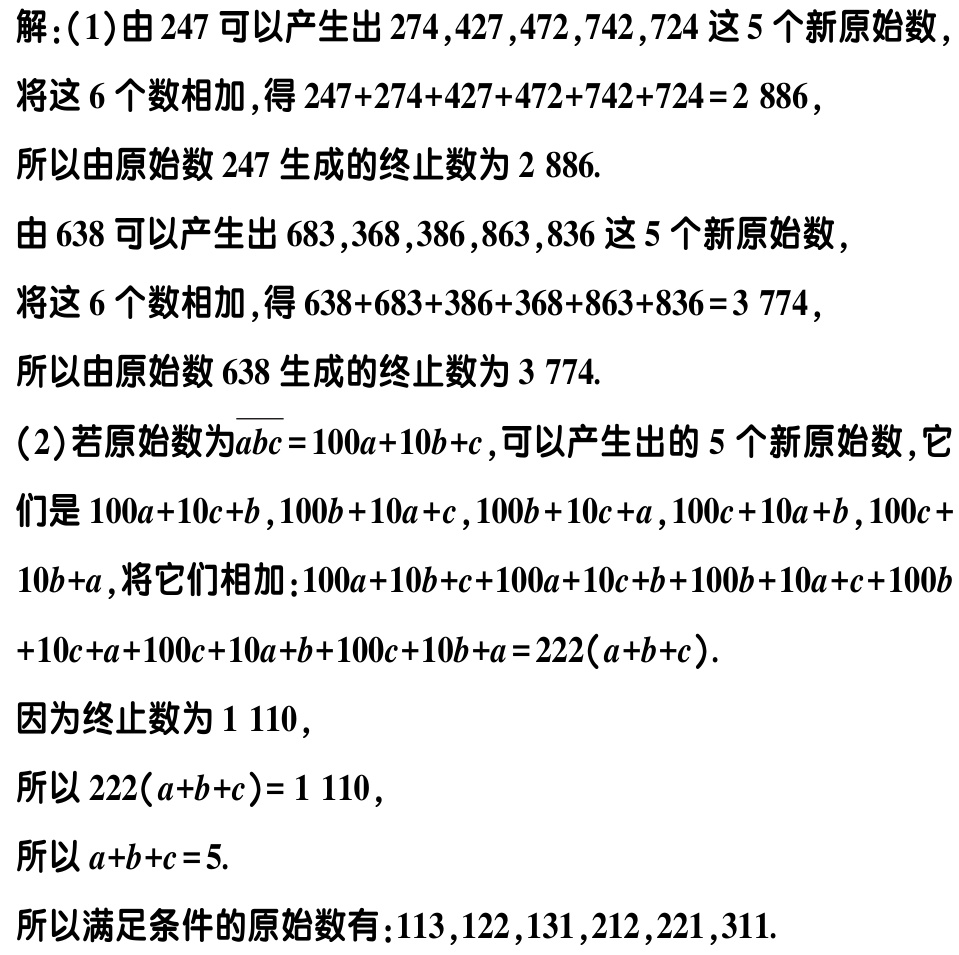
解：(1)由\(247\)可以产生出\(274,427,472,742,724\)这\(5\)个新原始数，

将这\(6\)个数相加，得\(247 + 274+427 + 472+742+724 = 2886\)，

所以由原始数\(247\)生成的终止数为\(2886\).

由\(638\)可以产生出\(683,368,386,863,836\)这\(5\)个新原始数，

将这\(6\)个数相加，得\(638 + 683+386 + 368+863+836 = 3774\)，

所以由原始数\(638\)生成的终止数为\(3774\).

(2)若原始数为\(\overline{abc}=100a + 10b + c\)，可以产生出的\(5\)个新原始数，它们是\(100a + 10c + b\)，\(100b + 10a + c\)，\(100b + 10c + a\)，\(100c + 10a + b\)，\(100c + 10b + a\)，将它们相加：\(100a + 10b + c+100a + 10c + b+100b + 10a + c+100b + 10c + a+100c + 10a + b+100c + 10b + a = 222(a + b + c)\).

因为终止数为\(1110\)，

所以\(222(a + b + c)=1110\)，

所以\(a + b + c = 5\).

所以满足条件的原始数有：\(113,122,131,212,221,311\).